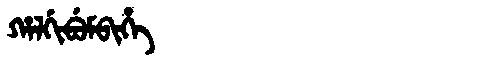
Manchu: ᡥᠠᠯᡤᡳᠪᡠᠮᠪᡳᡥᡝ
Romanization: HALGIBUMBIHE